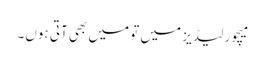
میچور لیڈیز میں تو میں بھی آتی ہوں۔